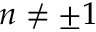
n \neq \pm 1